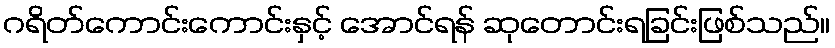
ဂရိတ်ကောင်းကောင်းနှင့် အောင်ရန် ဆုတောင်းရခြင်းဖြစ်သည်။